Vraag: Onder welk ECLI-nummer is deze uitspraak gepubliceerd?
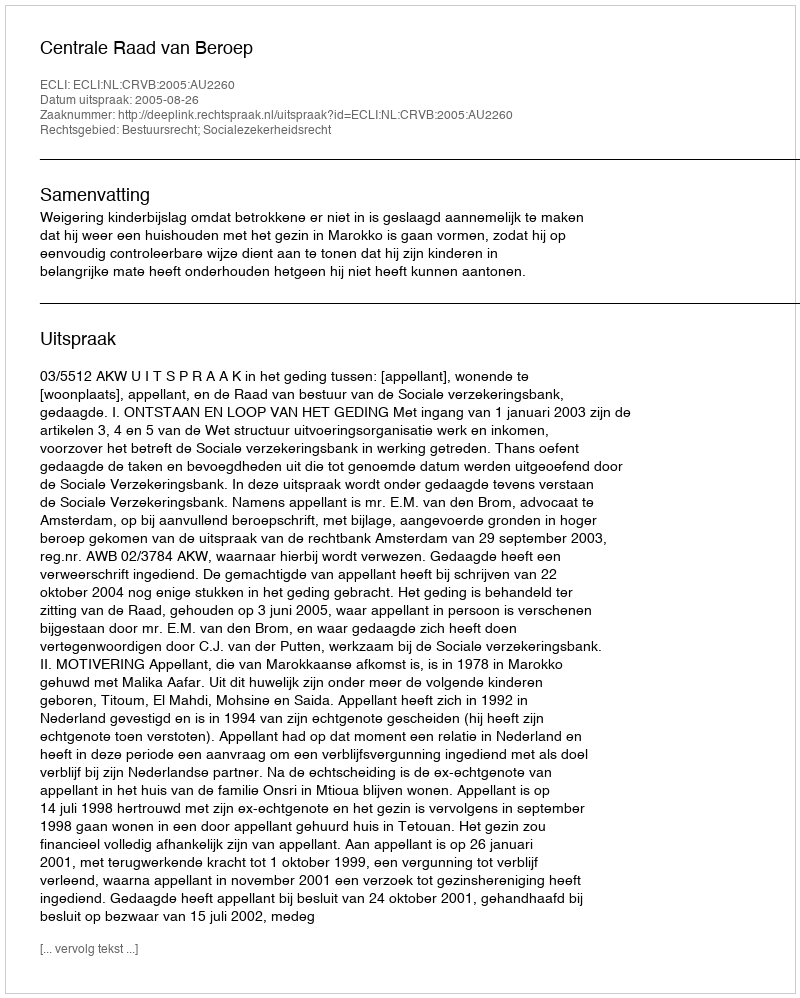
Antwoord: ECLI:NL:CRVB:2005:AU2260